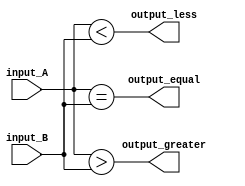
module comparator (
    input [15:0] input_A,
    input [15:0] input_B,
    output output_greater,
    output output_equal,
    output output_less
);

assign output_greater = |(input_A > input_B);
assign output_equal = &(input_A == input_B);
assign output_less = |(input_A < input_B);

endmodule